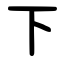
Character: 下